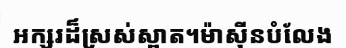
អក្សរដ៏ស្រស់ស្អាត។ម៉ាស៊ីនបំលែង